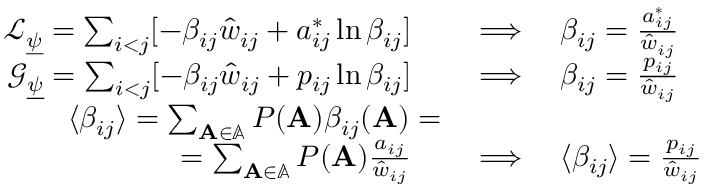
\begin{array} { r l } { \mathcal { L } _ { \underline { { \psi } } } = \sum _ { i < j } [ - \beta _ { i j } \hat { w } _ { i j } + a _ { i j } ^ { * } \ln \beta _ { i j } ] \quad } & { { } \Longrightarrow \quad \beta _ { i j } = \frac { a _ { i j } ^ { * } } { \hat { w } _ { i j } } } \\ { \mathcal { G } _ { \underline { { \psi } } } = \sum _ { i < j } [ - \beta _ { i j } \hat { w } _ { i j } + p _ { i j } \ln \beta _ { i j } ] \quad } & { { } \Longrightarrow \quad \beta _ { i j } = \frac { p _ { i j } } { \hat { w } _ { i j } } } \\ { \langle \beta _ { i j } \rangle = \sum _ { \mathbf { A } \in \mathbb { A } } P ( \mathbf { A } ) \beta _ { i j } ( \mathbf { A } ) = } \\ { = \sum _ { \mathbf { A } \in \mathbb { A } } P ( \mathbf { A } ) \frac { a _ { i j } } { \hat { w } _ { i j } } \quad } & { { } \Longrightarrow \quad \langle \beta _ { i j } \rangle = \frac { p _ { i j } } { \hat { w } _ { i j } } } \end{array}